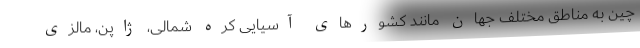
چین به مناطق مختلف جهان مانند کشورهای آسیایی کره شمالی، ژاپن، مالزی